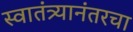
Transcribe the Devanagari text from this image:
स्वातंत्र्यानंतरचा